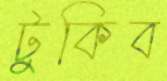
টুকিব